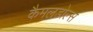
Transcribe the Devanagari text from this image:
कैमलडोल्स